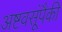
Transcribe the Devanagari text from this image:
अष्टवसूंपैकी